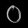
Digit: ၀